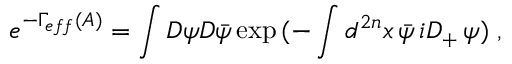
e ^ { - \Gamma _ { e f f } ( A ) } = \int { \cal D } \psi { \cal D } \bar { \psi } \exp { ( - \int d ^ { 2 n } x \, \bar { \psi } \, i D _ { + } \, \psi ) } \; ,